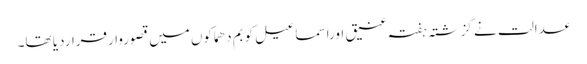
عدالت نے گزشتہ ہفتہ عنیق اوراسماعیل کو بم دھماکوں میں قصوروارقراردیا تھا۔